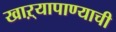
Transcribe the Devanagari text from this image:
खाऱ्यापाण्याची